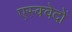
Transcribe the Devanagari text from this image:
एस्क्वेदों